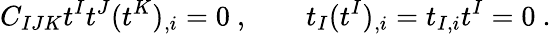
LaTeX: C_{IJK}t^{I}t^{J}(t^{K})_{,i}=0\ ,\qquad t_{I}(t^{I})_{,i}=t_{I,i}t^{I}=0\ .